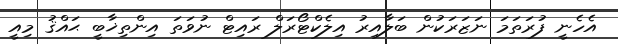
އެހެނީ ފުރަތަމަ ނަޒަރަކުން ބަލާއިރު އިލެކްޓޯރަލް ރައިޓް ނުވަތަ އިންތިޚާބީ ޙައްޤު މިއީ